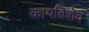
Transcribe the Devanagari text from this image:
कायबिशेव